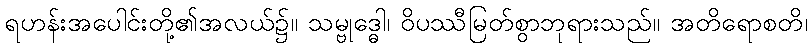
ရဟန်းအပေါင်းတို့၏အလယ်၌။ သမ္ဗုဒ္ဓေါ၊ ဝိပဿီမြတ်စွာဘုရားသည်။ အတိရောစတိ၊